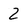
Character: 2